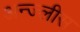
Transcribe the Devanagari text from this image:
अन्ज्लीस